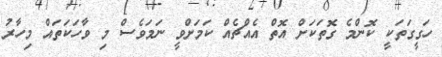
ހަގީގަތަކީ ކޮންމެ ގޮތަކަށް އޮތް އެއްޗެއް ކަމަށްވީ ނަމަވެސް މި ވާހަކަތައް މިހާރު